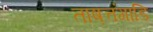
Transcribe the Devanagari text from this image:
ताष़त्तंगाडि